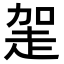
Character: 𧻅